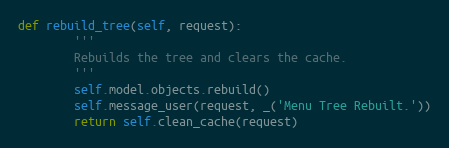
Language: Python
def rebuild_tree(self, request):
        '''
        Rebuilds the tree and clears the cache.
        '''
        self.model.objects.rebuild()
        self.message_user(request, _('Menu Tree Rebuilt.'))
        return self.clean_cache(request)